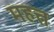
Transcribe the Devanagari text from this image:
महत्त